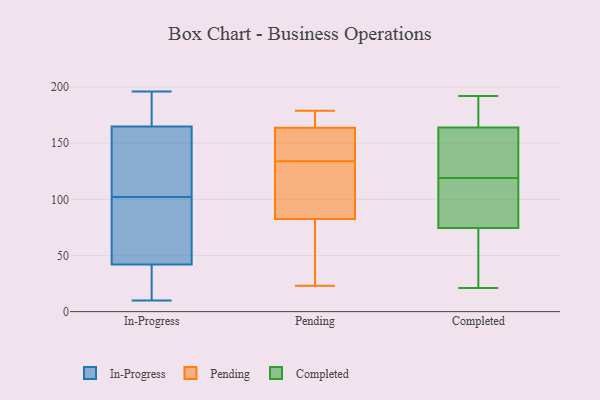
{"axis": {"x": "Bounce Rate (%)", "y": "Value"}, "legend": ["Completed", "In-Progress", "Pending"], "data": [{"x": "", "y": 72, "type": "In-Progress"}, {"x": "", "y": 186, "type": "In-Progress"}, {"x": "", "y": 111, "type": "In-Progress"}, {"x": "", "y": 102, "type": "In-Progress"}, {"x": "", "y": 196, "type": "In-Progress"}, {"x": "", "y": 46, "type": "In-Progress"}, {"x": "", "y": 88, "type": "In-Progress"}, {"x": "", "y": 189, "type": "In-Progress"}, {"x": "", "y": 21, "type": "In-Progress"}, {"x": "", "y": 145, "type": "In-Progress"}, {"x": "", "y": 10, "type": "In-Progress"}, {"x": "", "y": 158, "type": "In-Progress"}, {"x": "", "y": 30, "type": "In-Progress"}, {"x": "", "y": 117, "type": "Pending"}, {"x": "", "y": 85, "type": "Pending"}, {"x": "", "y": 115, "type": "Pending"}, {"x": "", "y": 176, "type": "Pending"}, {"x": "", "y": 134, "type": "Pending"}, {"x": "", "y": 169, "type": "Pending"}, {"x": "", "y": 146, "type": "Pending"}, {"x": "", "y": 162, "type": "Pending"}, {"x": "", "y": 152, "type": "Pending"}, {"x": "", "y": 67, "type": "Pending"}, {"x": "", "y": 75, "type": "Pending"}, {"x": "", "y": 23, "type": "Pending"}, {"x": "", "y": 179, "type": "Pending"}, {"x": "", "y": 26, "type": "Completed"}, {"x": "", "y": 90, "type": "Completed"}, {"x": "", "y": 78, "type": "Completed"}, {"x": "", "y": 192, "type": "Completed"}, {"x": "", "y": 169, "type": "Completed"}, {"x": "", "y": 179, "type": "Completed"}, {"x": "", "y": 163, "type": "Completed"}, {"x": "", "y": 119, "type": "Completed"}, {"x": "", "y": 165, "type": "Completed"}, {"x": "", "y": 127, "type": "Completed"}, {"x": "", "y": 119, "type": "Completed"}, {"x": "", "y": 21, "type": "Completed"}, {"x": "", "y": 42, "type": "Completed"}, {"x": "", "y": 98, "type": "Completed"}, {"x": "", "y": 71, "type": "Completed"}, {"x": "", "y": 143, "type": "Completed"}]}